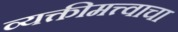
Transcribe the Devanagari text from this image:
व्यक्तीमत्त्वाचा